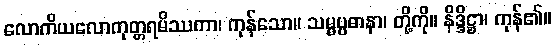
လောကိယလောကုတ္တရမိဿကာ၊ ကုန်သော။ သမ္မပ္ပဓာနာ၊ တို့ကို။ နိဒ္ဒိဋ္ဌာ၊ ကုန်၏။